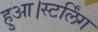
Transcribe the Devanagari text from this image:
हुआ।स्टर्लिंग